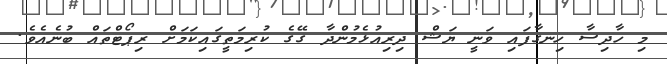
މި ހާދިސާ ހިނގާފައި ވަނީ ޔަޝް ދިރިއުޅެމުންދާ ގޭގެ ކުރިމަތީގައިކަަމަށް ރިޕޯޓްތައް ބުނެއެވެ.